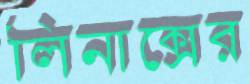
লিনাক্সের